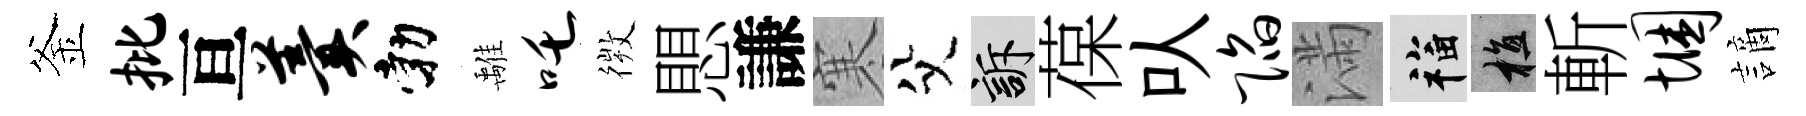
釜批亘羹勃𩀌吒𢕄愳謙寒父訴葆㕥陷滿福植斬悃謫